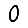
Digit: 0